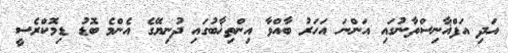
އަދި އަފްޣާނިސްތާނުގައި އަންނަ އަހަރު ބާއްވާ އިންތިޚާބުގައި ދުނިޔޭގެ އެންމެ ބޮޑު ޑިމޮކްރެސީ